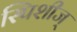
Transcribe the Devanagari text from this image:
स्पिशीज्‌